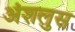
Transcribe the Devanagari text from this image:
अंशलुस